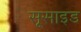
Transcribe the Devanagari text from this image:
सूसाइड